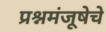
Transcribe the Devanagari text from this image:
प्रश्नमंजूषेचे